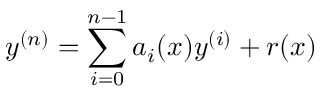
y ^ { ( n ) } = \sum _ { i = 0 } ^ { n - 1 } a _ { i } ( x ) y ^ { ( i ) } + r ( x )